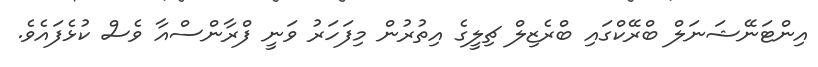
އިންޓަނޭޝަނަލް ބްރޭކްގައި ބްރެޒިލް ޗިލީގެ އިތުރުން މިފަހަރު ވަނީ ފްރާންސްއާ ވެސް ކުޅެފައެވެ.